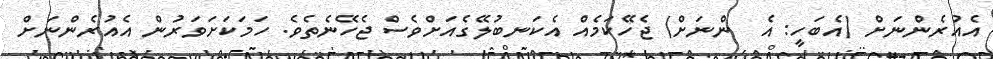
އެއުރެންނަށް (އެބަހީ: އެ  ންނަށް) ޖެހޭކަމެއް އެކަނބުލޭގެއަށްވެސް ޖެހޭނެތެވެ. ހަމަކަށަވަރުން އެއުރެންނަށް